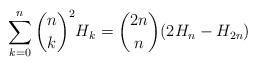
LaTeX: \begin{align*} \sum_{k=0}^n \binom{n}{k}^2 H_k = \binom{2n}{n}(2H_n-H_{2n})\end{align*}